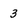
Character: 3